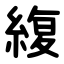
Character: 緮